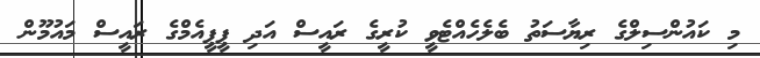
މި ކައުންސިލްގެ ރިޔާސަތު ބެލެހެއްޓެވީ ކުރީގެ ރައީސް އަދި ޕީޕީއެމްގެ ރައީސް މައުމޫން